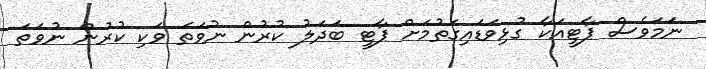
ނަމަވެސް ޕާޓީއަކާ ގުޅިވަޑައިގަތުމަށް ޕާޓީ ބަދަލު ކުރުން ނުވަތަ ވަކި ކުރުން ނުވަތަ